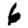
Digit: 6